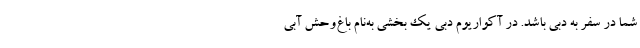
شما در سفر به دبی باشد. در آکواریوم دبی یک بخشی به‌نام باغ‌‌وحش آبی